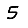
Digit: 5